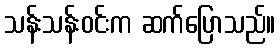
သန်းသန်းဝင်းက ဆက်ပြောသည်။